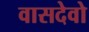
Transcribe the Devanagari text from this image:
वासदेवो